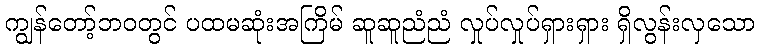
ကျွန်တော့်ဘဝတွင် ပထမဆုံးအကြိမ် ဆူဆူညံညံ လှုပ်လှုပ်ရှားရှား ရှိလွန်းလှသော